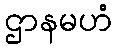
ဌာနမဟံ